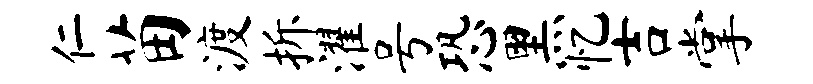
仁苗渡拆濯号恐黑忆吉掌